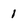
Character: 1